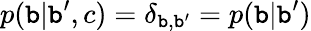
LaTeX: p(\mathtt{b}|\mathtt{b}^{\prime},c)=\delta_{\mathtt{b},\mathtt{b}^{\prime}}=p(\mathtt{b}|\mathtt{b}^{\prime})